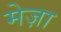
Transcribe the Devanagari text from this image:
मेज़ा